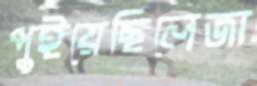
পুইয়েছিলেজা